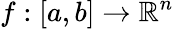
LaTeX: f:[a,b]\rightarrow\mathbb{R}^{n}